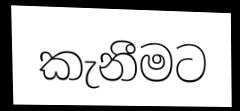
කැනීමට